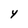
Character: 4